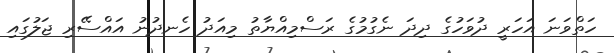
ހަތްވަނަ އަހަރީ ދުވަހުގެ ދިދަ ނެގުމުގެ ރަސްމިއްޔާތު މިއަދު ހެނދުނު އައްސޭރި ޖަލުގައި